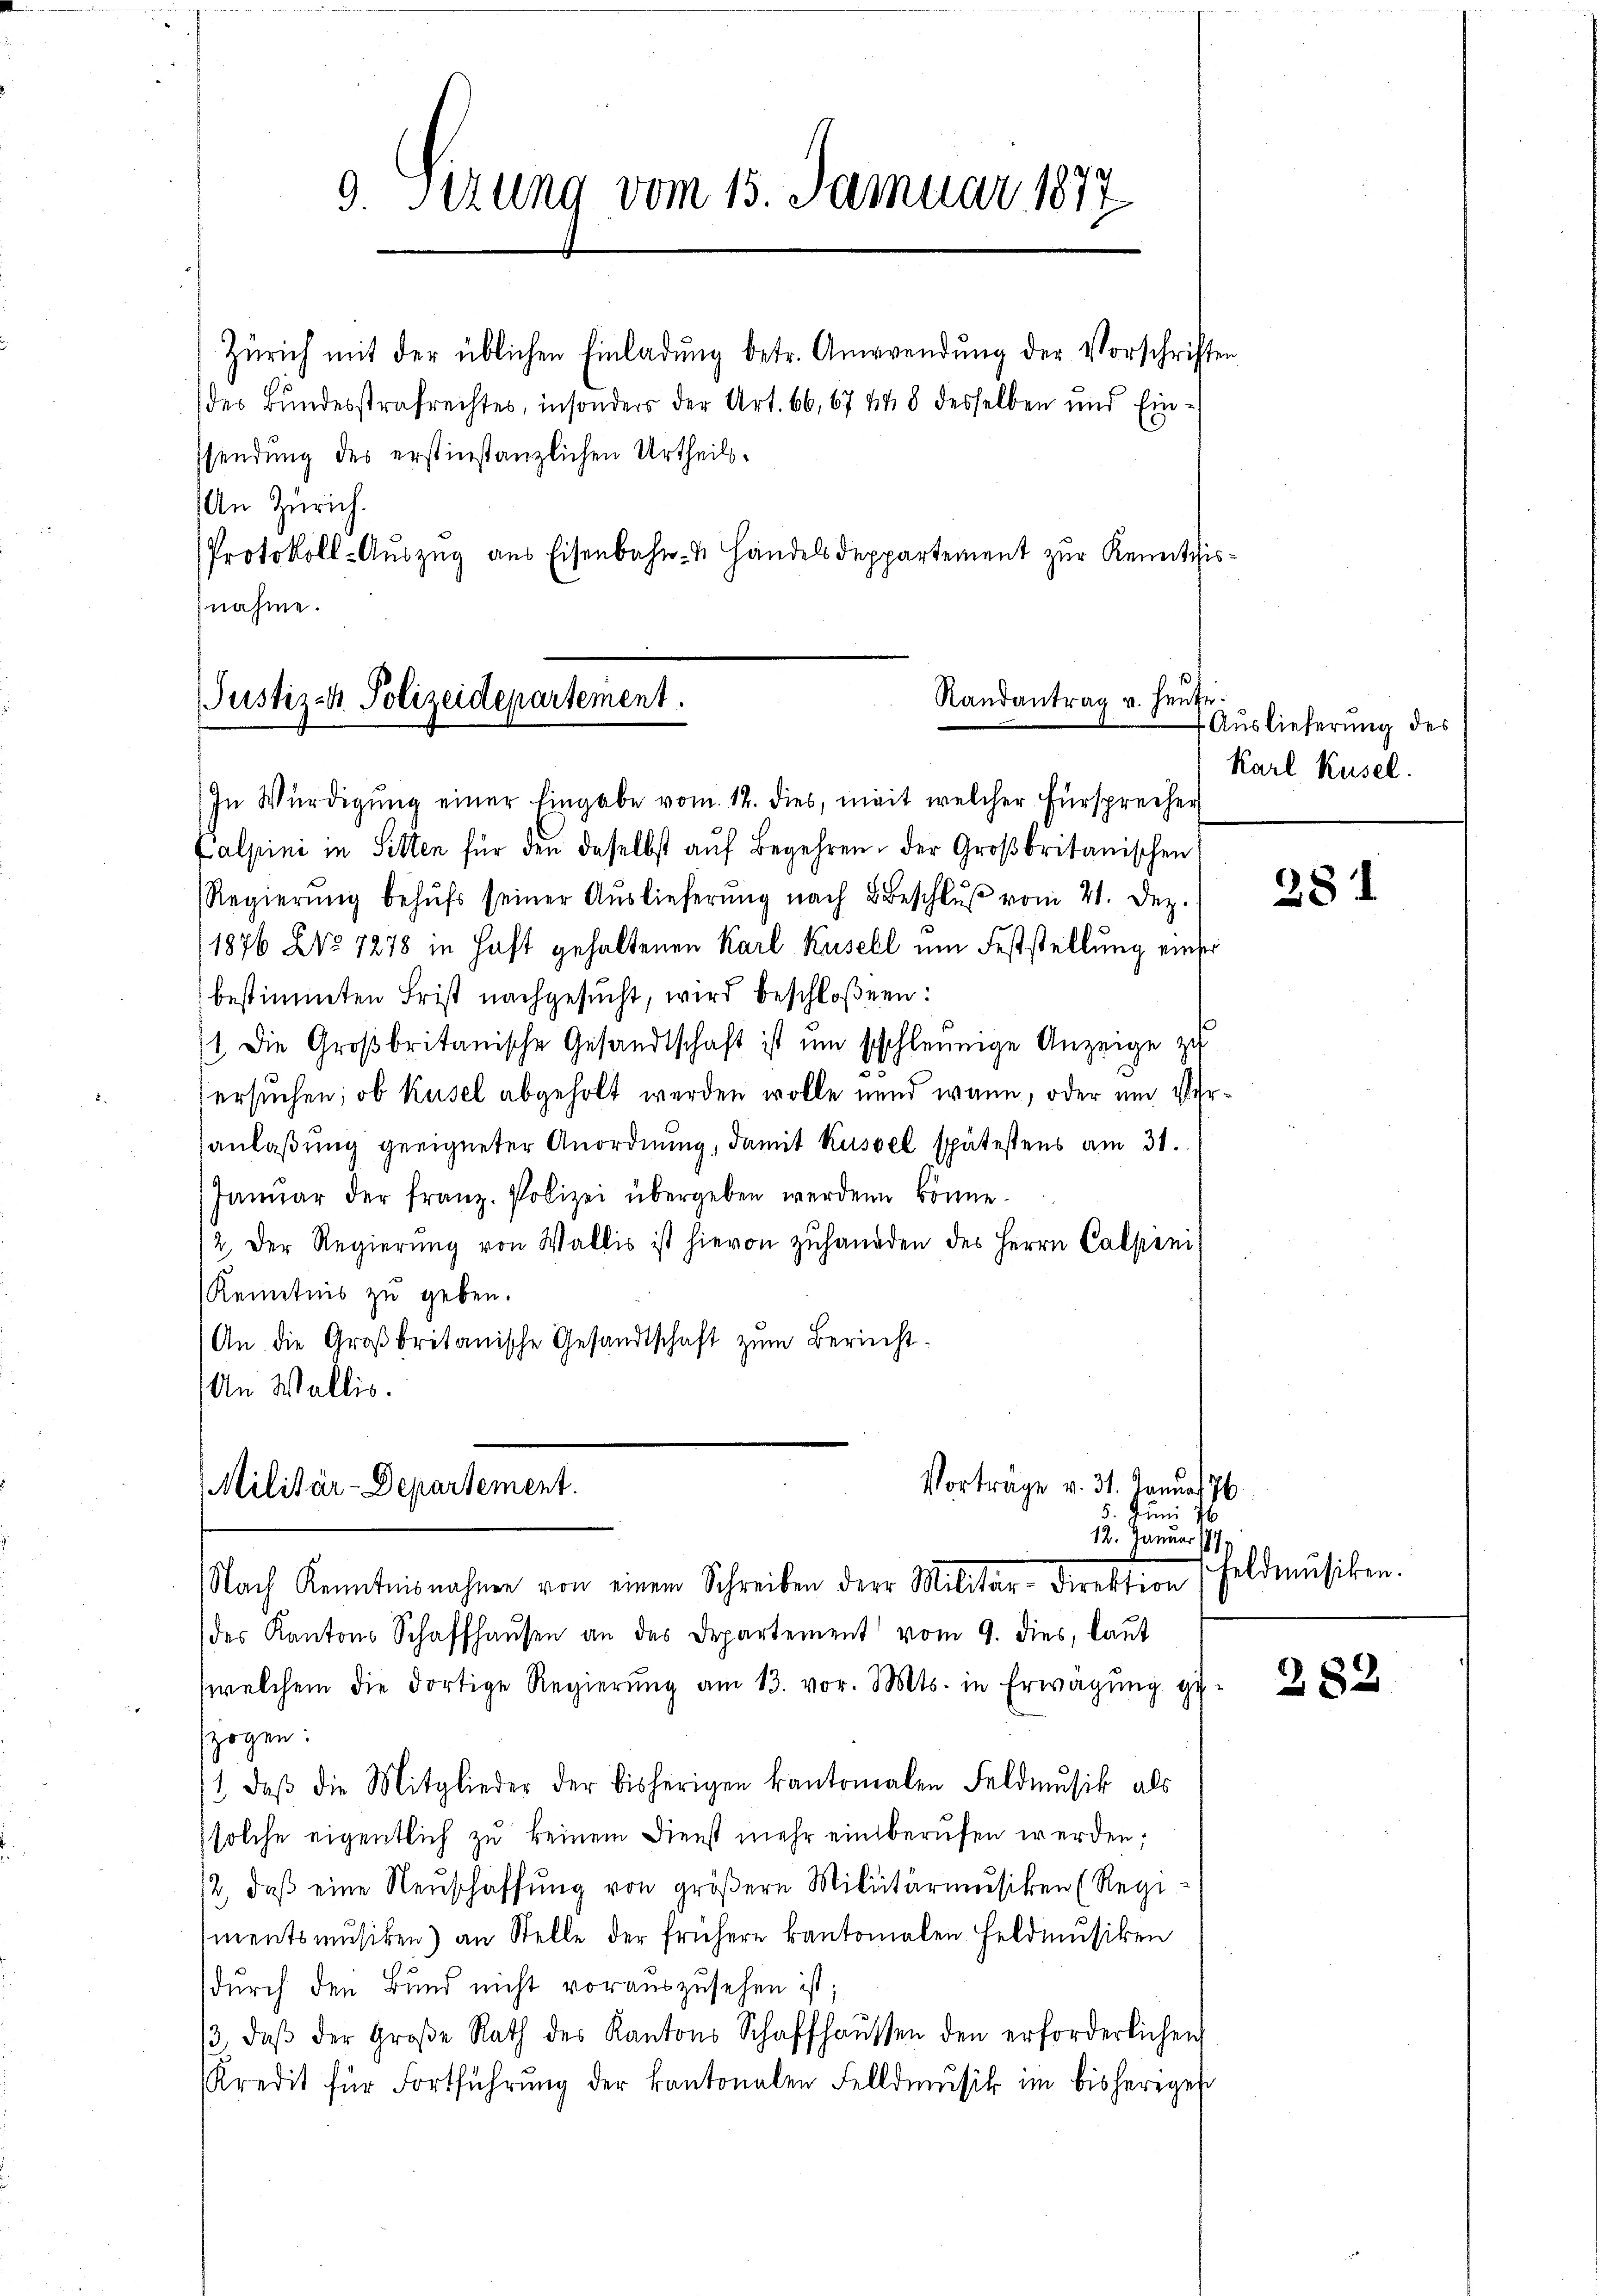
9. Sitzung vom 15. Januar 1877

Zürich mit der üblichen Einladŭng betr. Anwendŭng der Vorschriften
des Bundesstrafrechtes, insonders der Art. 66, 67 448 desselben und Einsendung des erstinstanzlichen Urtheils.
An Zürich.
Protokoll-Auszug aus Eisenbahn- & Handels Deppartement zur Renitzisnahme.

Randantrag u. heute.
Justiz- & Polizeidepartement.

Vortrage v. 31. Januar 76
Militär-Departement.
5. Juni
12. Januar 177
Nach Kenntnisnahme von einem Schreiben der Militar-Direktion

In Würdigŭng einer Eingabe vom 12. dies, weit welcher Fürsprecher
Calpini in Sitten für den daselbst aŭf Begehren der Großbritanischen
Regierŭng behŭfs seiner Auslieferŭng nach Beschlŭβ vom 21. Dez.
11876 NNo. 1278 in Haft gehaltenen Karl Kusell um Feststellung einser
bestimmten Frist nachgesŭcht, wird beschloßen:
11. Die Großbritanische Gesandtschaft ist um schleunige Anzeige zu
ersuchen; ob Küsel abgeholt werden wolle und wann, oder um Veranlaßung geeigneter Anordnung, damit Kussel spätestens am 31.
Janŭar der franz. Polizei übergeben werden könne.
2. Der Regierŭng von Wallis ist hievon zŭhanden des Herrn Calpen,
Kenntnis zu geben.
An die Großbritanische Gesandtschaft zŭm Bericht
An Wallis.

des Kantons Schaffhaŭsen an das Departement vom 9. dies, laŭt
welchem die dortige Regierŭng am 13. vor. Mts. in Erwägŭng ge-
zogen:
1 daβ die Mitglieder der bisherigen kantonalen Feldmŭsik als
solche eigentlich zu keinem Dienst mehr einberufen werden;
/2, daβ eine Neŭschaffŭng von gröβere Militärmusiken (Regi
mentsmusiken) an Stelle der frühere kantonalen Feldmusiken
durch den Bund nicht vorauszusehen ist;
/3, daβ der Große Rath des Kantons Schaffhaussen den erforderlichen
Kredit für Fortführŭng der kantonalen Felldmŭsik im bisherigen

Auslieferung des
Karl Kusel.

281

Feldmusiken.

282